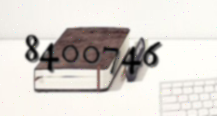
8400746